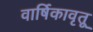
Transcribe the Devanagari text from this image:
वार्षिकावृतू